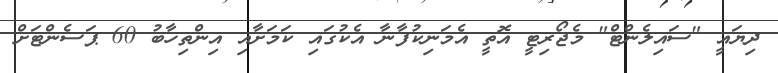
ދިޔައީ "ސައިލެންޓް" މެޖޯރިޓީ އޮތީ އެމަނިކުފާނާ އެކުގައި ކަމަށާއި އިންތިހާބު 60 ޕަސެންޓަށް